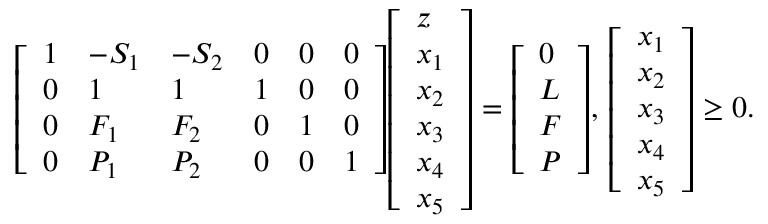
{ \left[ \begin{array} { l l l l l l } { 1 } & { - S _ { 1 } } & { - S _ { 2 } } & { 0 } & { 0 } & { 0 } \\ { 0 } & { 1 } & { 1 } & { 1 } & { 0 } & { 0 } \\ { 0 } & { F _ { 1 } } & { F _ { 2 } } & { 0 } & { 1 } & { 0 } \\ { 0 } & { P _ { 1 } } & { P _ { 2 } } & { 0 } & { 0 } & { 1 } \end{array} \right] } { \left[ \begin{array} { l } { z } \\ { x _ { 1 } } \\ { x _ { 2 } } \\ { x _ { 3 } } \\ { x _ { 4 } } \\ { x _ { 5 } } \end{array} \right] } = { \left[ \begin{array} { l } { 0 } \\ { L } \\ { F } \\ { P } \end{array} \right] } , \, { \left[ \begin{array} { l } { x _ { 1 } } \\ { x _ { 2 } } \\ { x _ { 3 } } \\ { x _ { 4 } } \\ { x _ { 5 } } \end{array} \right] } \geq 0 .